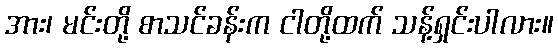
အား၊ မင်းတို့ စာသင်ခန်းက ငါတို့ထက် သန့်ရှင်းပါလား။